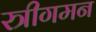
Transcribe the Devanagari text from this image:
स्त्रीगमन